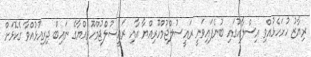
ރިޔާޒު ހުށަހެޅުއްވި އިސްލާހުގައި ބުނެފައިވަނީ ރައީސުލްޖުމްހޫރިއްޔާ އާއި ރައީސުލްޖުމްހޫރިއްޔާގެ ނައިބް ދިރިއުޅުއްވާ ގެކޮޅަށް